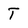
Character: T